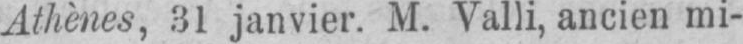
Athènes, 31 janvier. M. Valli, ancien mi-